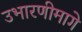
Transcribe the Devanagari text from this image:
उभारणीमागे